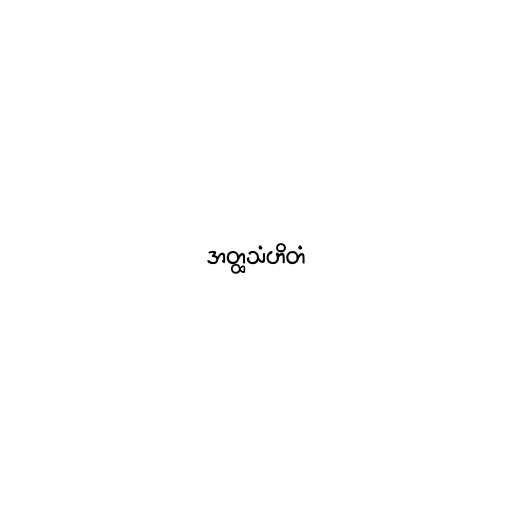
အတ္ထသံဟိတံ